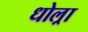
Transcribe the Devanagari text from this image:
धोल्रा